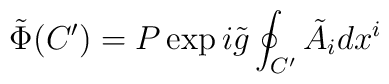
\tilde{\Phi}(C') = P \exp i \tilde{g} \oint_{C'} \tilde{A}_i dx^i